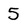
Character: 5